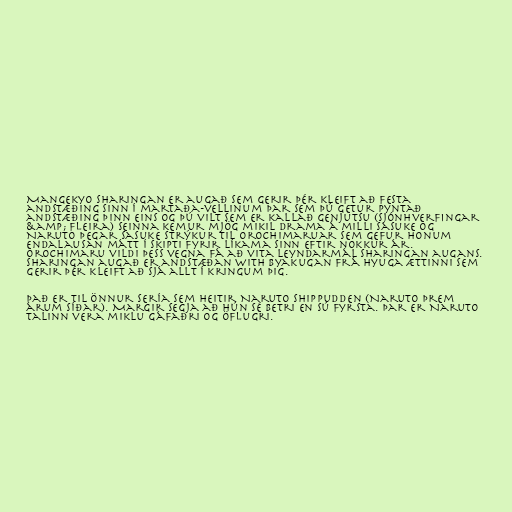
Mangekyo Sharingan er augað sem gerir þér kleift að festa
andstæðing sinn í martaða-vellinum þar sem þú getur pyntað
andstæðing þinn eins og þú vilt sem er kallað Genjutsu (Sjónhverfingar
&amp; fleira) Seinna kemur mjög mikil drama á milli Sasuke og
Naruto þegar Sasuke strýkur til Orochimaruar sem gefur honum
endalausan mátt í skipti fyrir líkama sinn eftir nokkur ár.
Orochimaru vildi þess vegna fá að vita leyndarmál Sharingan augans.
Sharingan augað er andstæðan with Byakugan frá Hyuga ættinni sem
gerir þér kleift að sjá allt í kringum þig.

Það er til önnur sería sem heitir Naruto Shippudden (Naruto þrem
árum síðar). Margir segja að hún sé betri en sú fyrsta. Þar er Naruto
talinn vera miklu gáfaðri og öflugri.